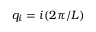
q _ { i } = i ( 2 \pi / { L } )